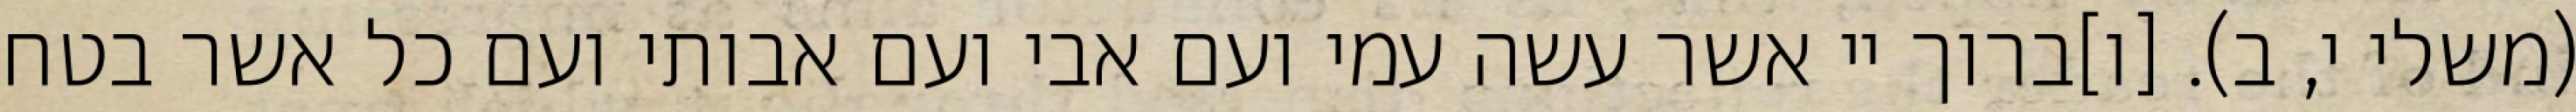
(משלי י, ב). [ו]ברוך יי אשר עשה עמי ועם אבי ועם אבותי ועם כל אשר בטח